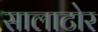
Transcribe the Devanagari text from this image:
सालाटोर